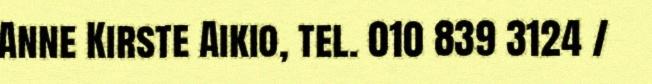
Anne Kirste Aikio, tel. 010 839 3124 /